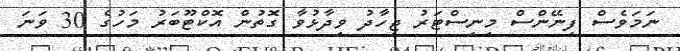
ނަމަވެސް ފިނޭންސް މިނިސްޓަރު ޖިހާދު ވިދާޅުވާ ގޮތުން އޮކްޓޫބަރު މަހުގެ 30 ވަނަ